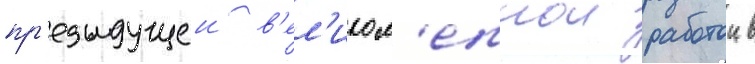
пр'едыдущеи в'ел'икол'епнои работои в